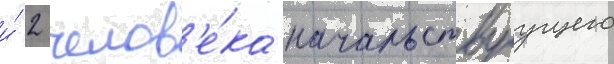
и́ 2 челов'е́ка начальствуущего